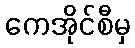
ကေအိုင်စီမှ